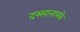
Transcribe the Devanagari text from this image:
दस्सानायके